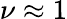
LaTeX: \nu\approx 1